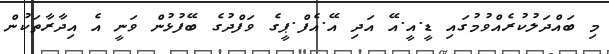
މި ބައްދަލުކުރެއްވުމުގައި ޑީ.އީ.އޭ އަދި އޭ.އެފް.ޕީގެ ވަފްދުގެ ބޭފުޅުން ވަނީ އެ އިދާރާތަކުން